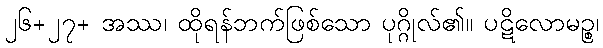
၂၆+၂၇+ အဿ၊ ထိုရန်ဘက်ဖြစ်သော ပုဂ္ဂိုလ်၏။ ပဋိလောမဉ္စ၊